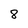
Character: 8